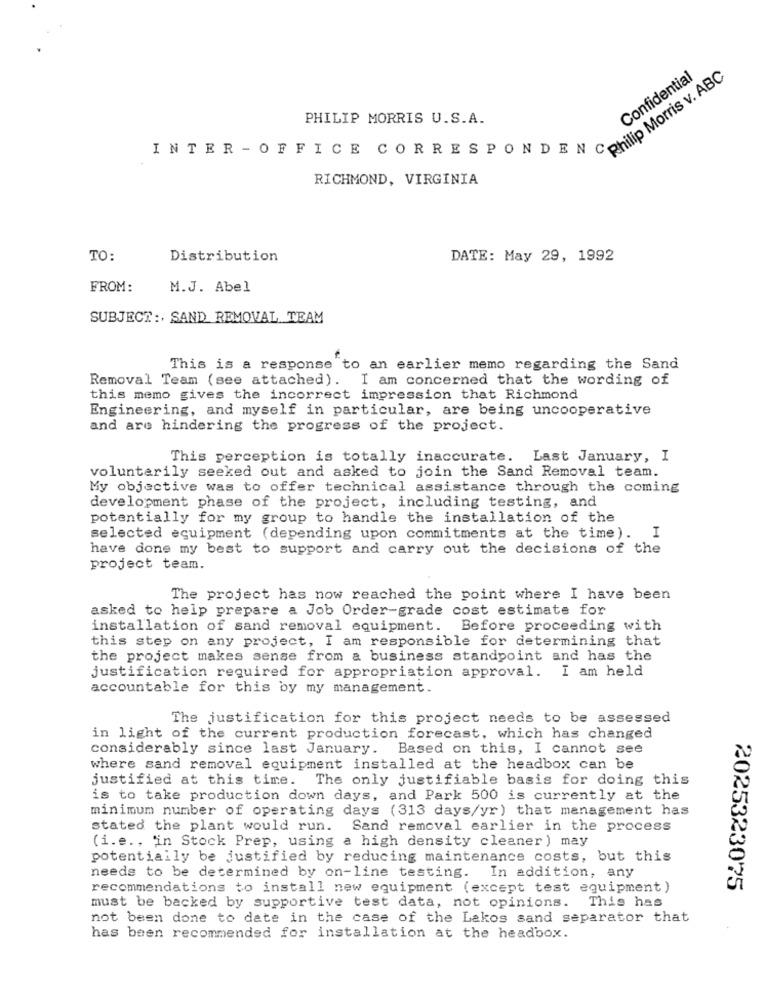
Philip Morris v. ABC
Confidential
PHILIP MORRIS U.S.A.
INTER - OFFICE CORRESPONDENC
RICHMOND, VIRGINIA
TO:
Distribution
DATE: May 29, 1992
FROM:
M.J. Abel
SUBJECT :. SAND REMOVAL TEAM
This is a response to an earlier memo regarding the Sand
Removal Team (see attached). I am concerned that the wording of
this memo gives the incorrect impression that Richmond
Engineering, and myself in particular, are being uncooperative
and are hindering the progress of the project.
This perception is totally inaccurate. Last January, I
voluntarily seeked out and asked to join the Sand Removal team.
My objective was to offer technical assistance through the coming
development phase of the project, including testing, and
potentially for my group to handle the installation of the
selected equipment (depending upon commitments at the time).
I
have done my best to support and carry out the decisions of the
project team.
The project has now reached the point where I have been
asked to help prepare a Job Order-grade cost estimate for
installation of sand removal equipment. Before proceeding with
this step on any project, I am responsible for determining that
the project makes sense from a business standpoint and has the
justification required for appropriation approval. I am held
accountable for this by my management.
The justification for this project needs to be assessed
in light of the current production forecast, which has changed
considerably since last January. Based on this, I cannot see
where sand removal equipment installed at the headbox can be
justified at this time. The only justifiable basis for doing this
is to take production down days, and Park 500 is currently at the
minimum number of operating days (313 days/yr) that management has
stated the plant would run. Sand removal earlier in the process
(i.e .. 'in Stock Prep, using a high density cleaner ) may
potentially be justified by reducing maintenance costs, but this
needs to be determined by on-line testing. In addition, any
recommendations to install new equipment (except test equipment)
2025323075
must be backed by supportive test data, not opinions. This has
not been done to date in the case of the Lakos sand separator that
has been recommended for installation at the headbox.